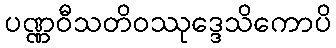
ပဏ္ဏဝီသတိဝဿုဒ္ဒေသိကောပိ